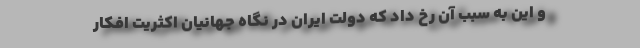
و این به سبب آن رخ داد که دولت ایران در نگاه جهانیان اکثریت افکار